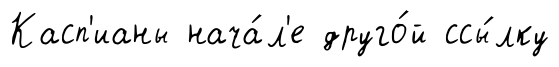
Касп'ианы нача́л'е друго́й ссы́лку